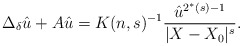
\begin{align*} \Delta_\delta\hat{u} + A\hat{u} = K(n,s)^{-1}\frac{\hat{u}^{2^*(s)-1}}{|X-X_0|^s}.\end{align*}